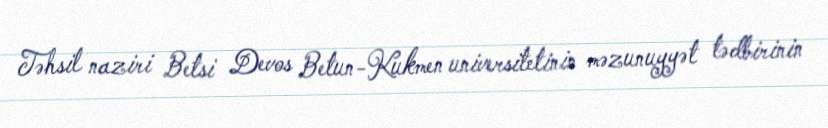
Təhsil naziri Betsi Devos Betun-Kukmen universitetinin məzunuyyət tədbirinin